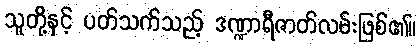
သူတို့နှင့် ပတ်သက်သည့် ဒဏ္ဍာရီဇာတ်လမ်းဖြစ်၏။